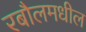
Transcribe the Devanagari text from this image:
रबौलमधील